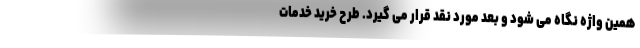
همین واژه نگاه می شود و بعد مورد نقد قرار می گیرد. طرح خرید خدمات